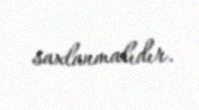
saxlanmalıdır.